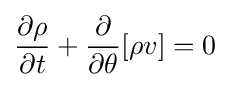
{\frac {\partial \rho }{\partial t}}+{\frac {\partial }{\partial \theta }}[\rho v]=0